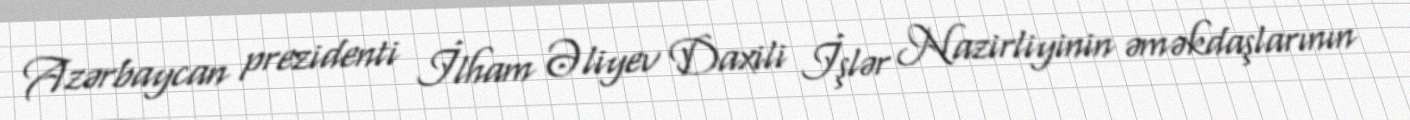
Azərbaycan prezidenti İlham Əliyev Daxili İşlər Nazirliyinin əməkdaşlarının